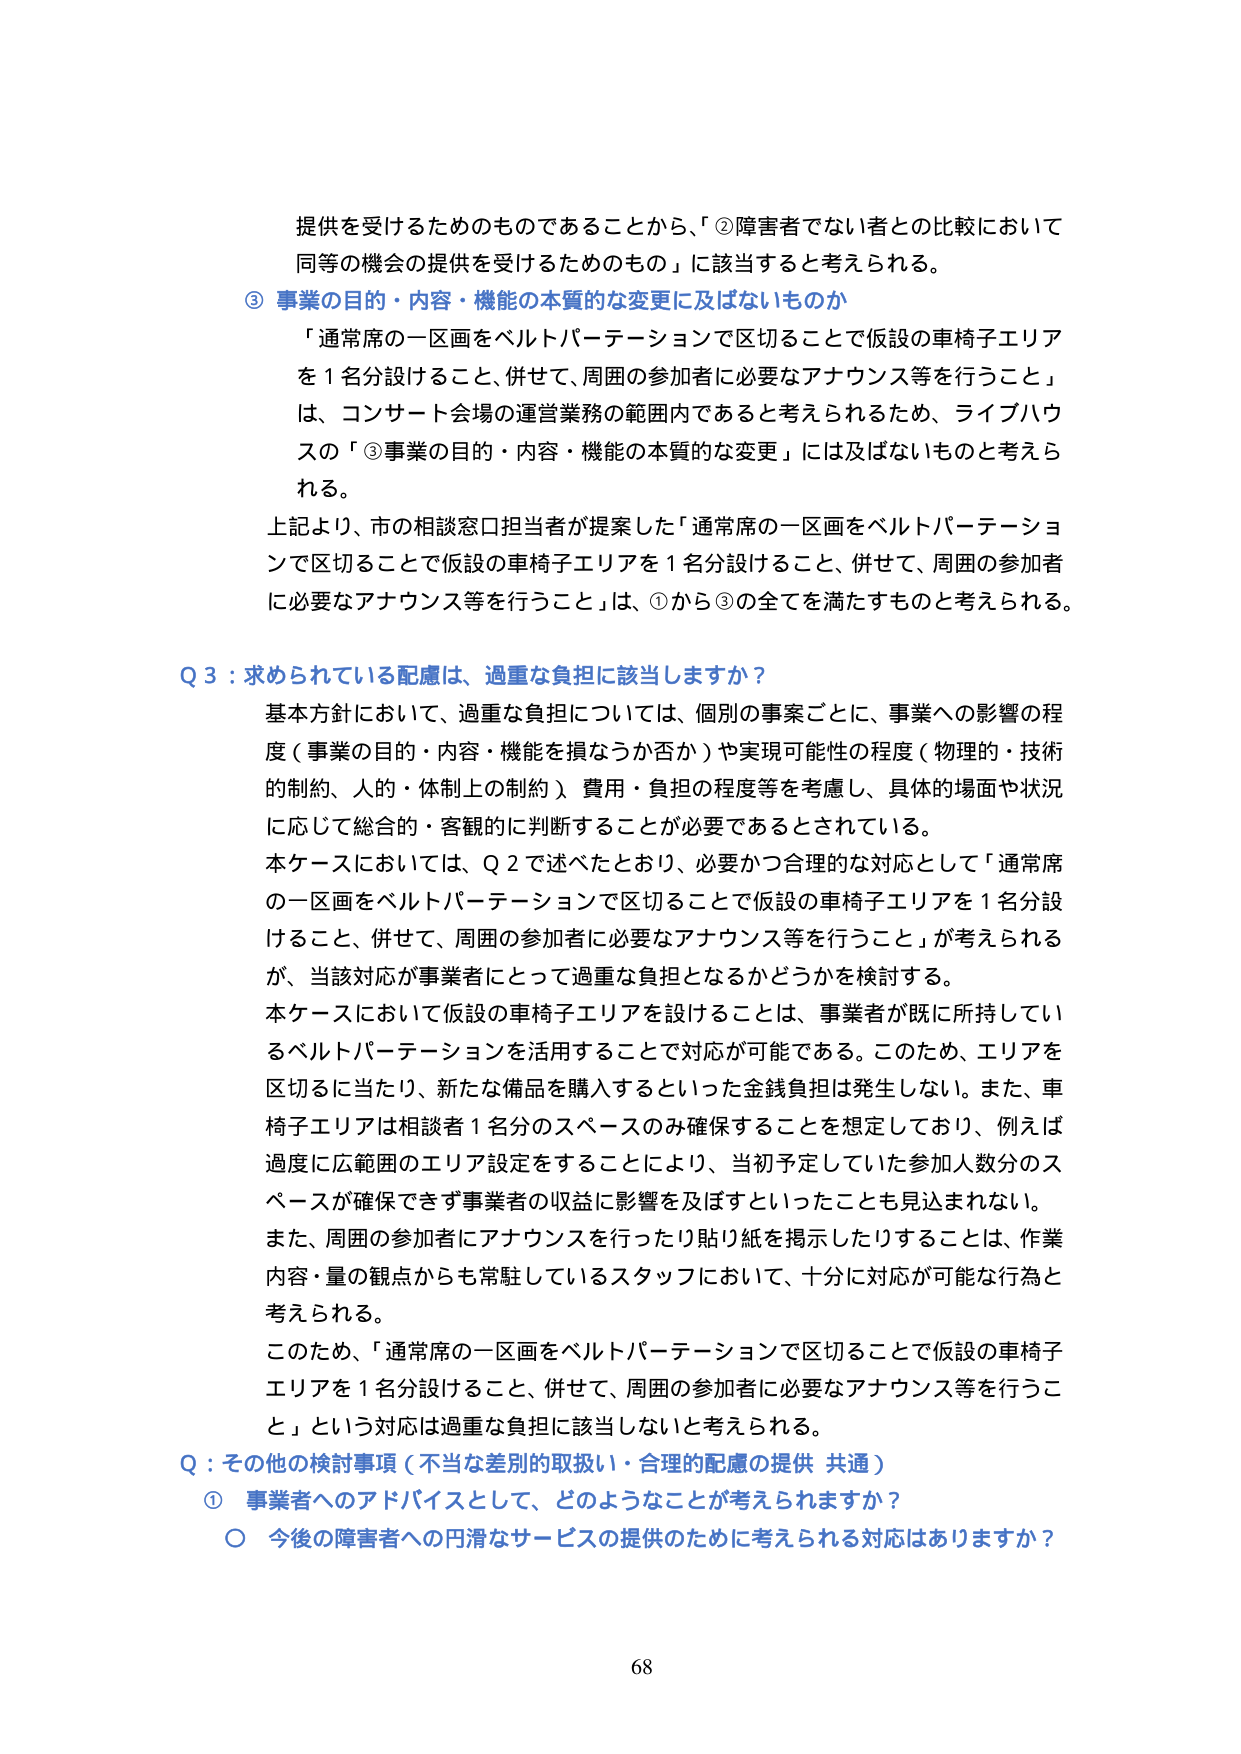
提供を受けるためのものであることから、「②障害者でない者との比較において同等の機会の提供を受けるためのもの」に該当すると考えられる。

③ 事業の目的・内容・機能の本質的な変更に及ばないものか

「通常席の一区画をベルトパーテーションで区切ることで仮設の車椅子エリアを1名分設けること、併せて、周囲の参加者に必要なアナウンス等を行うこと」は、コンサート会場の運営業務の範囲内であると考えられるため、ライブハウスの「③事業の目的・内容・機能の本質的な変更」には及ばないものと考えられる。

上記より、市の相談窓口担当者が提案した「通常席の一区画をベルトパーテーションで区切ることで仮設の車椅子エリアを1名分設けること、併せて、周囲の参加者に必要なアナウンス等を行うこと」は、①から③の全てを満たすものと考えられる。

Q3：求められている配慮は、過重な負担に該当しますか？

基本方針において、過重な負担については、個別の事案ごとに、事業への影響の程度（事業の目的・内容・機能を損なうか否か）や実現可能性の程度（物理的・技術的制約、人的・体制上の制約）、費用・負担の程度等を考慮し、具体的場面や状況に応じて総合的・客観的に判断することが必要であるとされている。

本ケースにおいては、Q2で述べたとおり、必要かつ合理的な対応として「通常席の一区画をベルトパーテーションで区切ることで仮設の車椅子エリアを1名分設けること、併せて、周囲の参加者に必要なアナウンス等を行うこと」が考えられるが、当該対応が事業者にとって過重な負担となるかどうかを検討する。

本ケースにおいて仮設の車椅子エリアを設けることは、事業者が既に所持しているベルトパーテーションを活用することで対応が可能である。このため、エリアを区切るに当たり、新たな備品を購入するといった金銭負担は発生しない。また、車椅子エリアは相談者1名分のスペースのみ確保することを想定しており、例えば過度に広範囲のエリア設定をすることにより、当初予定していた参加人数分のスペースが確保できず事業者の収益に影響を及ぼすといったことも見込まれない。

また、周囲の参加者にアナウンスを行ったり貼り紙を掲示したりすることは、作業内容・量の観点からも常駐しているスタッフにおいて、十分に対応が可能な行為と考えられる。

このため、「通常席の一区画をベルトパーテーションで区切ることで仮設の車椅子エリアを1名分設けること、併せて、周囲の参加者に必要なアナウンス等を行うこと」という対応は過重な負担に該当しないと考えられる。

Q：その他の検討事項（不当な差別的取扱い・合理的配慮の提供 共通）

① 事業者へのアドバイスとして、どのようなことが考えられますか？

○ 今後の障害者への円滑なサービスの提供のために考えられる対応はありますか？

68